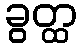
ခွတ္ထ